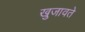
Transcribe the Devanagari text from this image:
खुजावते